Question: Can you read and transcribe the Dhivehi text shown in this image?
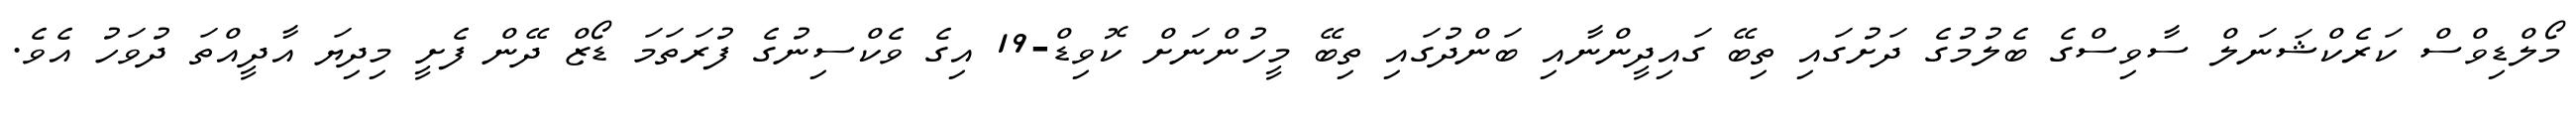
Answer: މޯލްޑިވްސް ކަރެކްޝަނަލް ސާވިސްގެ ބެލުމުގެ ދަށުގައި ތިބޭ ގައިދީންނާއި ބަންދުގައި ތިބޭ މީހުންނަށް ކޮވިޑް-19 އިގެ ވެކްސިނުގެ ފުރަތަމަ ޑޯޒް ދޭން ފެށީ މިދިޔަ އާދީއްތަ ދުވަހު އެވެ.